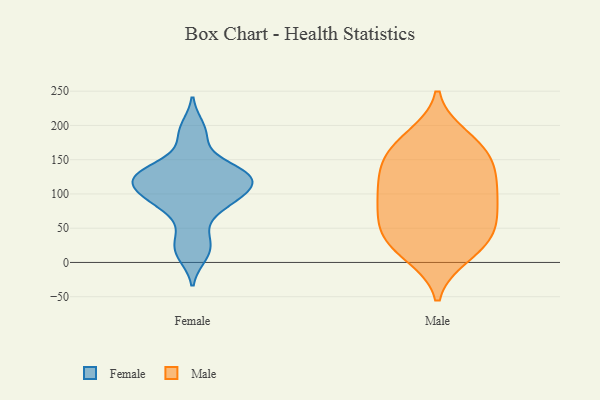
{"axis": {"x": "Website Visitors", "y": "Value"}, "legend": ["Female", "Male"], "data": [{"x": "", "y": 130, "type": "Female"}, {"x": "", "y": 82, "type": "Female"}, {"x": "", "y": 197, "type": "Female"}, {"x": "", "y": 181, "type": "Female"}, {"x": "", "y": 40, "type": "Female"}, {"x": "", "y": 125, "type": "Female"}, {"x": "", "y": 21, "type": "Female"}, {"x": "", "y": 10, "type": "Female"}, {"x": "", "y": 91, "type": "Female"}, {"x": "", "y": 137, "type": "Female"}, {"x": "", "y": 109, "type": "Female"}, {"x": "", "y": 82, "type": "Female"}, {"x": "", "y": 103, "type": "Female"}, {"x": "", "y": 110, "type": "Female"}, {"x": "", "y": 119, "type": "Female"}, {"x": "", "y": 130, "type": "Female"}, {"x": "", "y": 134, "type": "Female"}, {"x": "", "y": 183, "type": "Male"}, {"x": "", "y": 47, "type": "Male"}, {"x": "", "y": 172, "type": "Male"}, {"x": "", "y": 71, "type": "Male"}, {"x": "", "y": 119, "type": "Male"}, {"x": "", "y": 101, "type": "Male"}, {"x": "", "y": 73, "type": "Male"}, {"x": "", "y": 170, "type": "Male"}, {"x": "", "y": 106, "type": "Male"}, {"x": "", "y": 151, "type": "Male"}, {"x": "", "y": 146, "type": "Male"}, {"x": "", "y": 58, "type": "Male"}, {"x": "", "y": 36, "type": "Male"}, {"x": "", "y": 17, "type": "Male"}, {"x": "", "y": 11, "type": "Male"}, {"x": "", "y": 29, "type": "Male"}, {"x": "", "y": 135, "type": "Male"}, {"x": "", "y": 99, "type": "Male"}]}